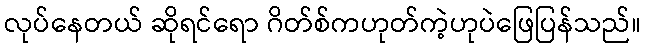
လုပ်နေတယ် ဆိုရင်ရော ဂိတ်စ်ကဟုတ်ကဲ့ဟုပဲဖြေပြန်သည်။